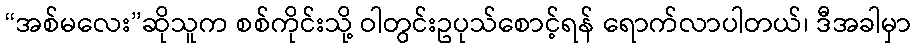
“အစ်မလေး”ဆိုသူက စစ်ကိုင်းသို့ ဝါတွင်းဥပုသ်စောင့်ရန် ရောက်လာပါတယ်၊ ဒီအခါမှာ